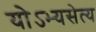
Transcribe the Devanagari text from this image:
योऽभ्यसेत्य